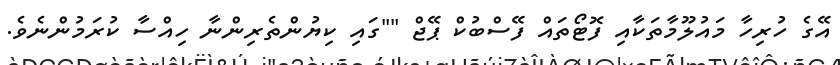
އޭގެ ހުރިހާ މައުލޫމާތަކާއި ފޮޓޯތައް ފޭސްބުކް ޕޭޖް ""ގައި ކިޔުންތެރިންނާ ހިއްސާ ކުރަމުންނެވެ.